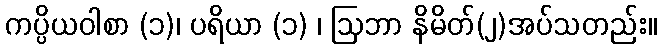
ကပ္ပိယဝါစာ (၁)၊ ပရိယာ (၁) ၊ ဩဘာ နိမိတ်(၂)အပ်သတည်း။